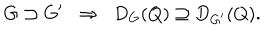
LaTeX: G \supset G ^ { \prime } \; \; \Rightarrow \; \; D _ { G } ( Q ) \supseteq D _ { G ^ { \prime } } ( Q ) .